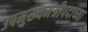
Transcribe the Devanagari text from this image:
उपमुख्यमंत्रीपदाच्या